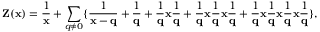
{ \bf Z ( { \bf x } ) } = \frac { 1 } { { \bf x } } + \sum _ { q \neq 0 } \{ \frac { 1 } { { \bf x - q } } + \frac { 1 } { { \bf q } } + \frac { 1 } { { \bf q } } { \bf x } \frac { 1 } { { \bf q } } + \frac { 1 } { { \bf q } } { \bf x } \frac { 1 } { { \bf q } } { \bf x } \frac { 1 } { { \bf q } } + \frac { 1 } { { \bf q } } { \bf x } \frac { 1 } { { \bf q } } { \bf x } \frac { 1 } { { \bf q } } { \bf x } \frac { 1 } { { \bf q } } \} ,